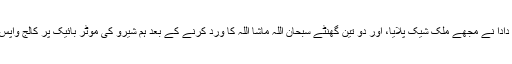
شیرو دادا نے مجھے ملک شیک پلایا، اور دو تین گھنٹے سبحان اللہ ماشا اللہ کا ورد کرنے کے بعد ہم شیرو کی موٹر بائیک پر کالج واپس آئے۔